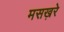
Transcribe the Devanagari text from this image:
मसख़रे